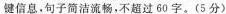
键信息，句子简洁流畅，不超过60。（5分）